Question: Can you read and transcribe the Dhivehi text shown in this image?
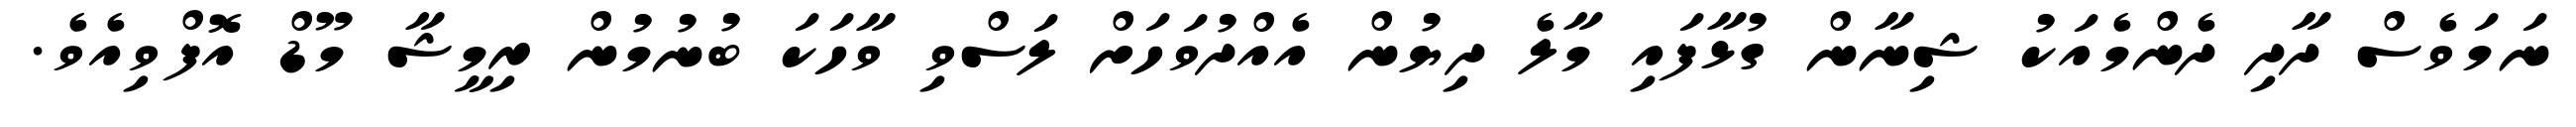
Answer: ނަމަވެސް ދާދި ދެންމެއަކު ޝިނާން ގުޅާފައި މާލެ ދިޔުން އެއްދުވަހަށް ލަސްވި ވާހަކަ ބުނުމުން ރިމީޝާ މޫޑް އޮފްވިއެވެ.